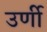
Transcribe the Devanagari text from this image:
उर्णी